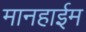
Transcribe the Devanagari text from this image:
मानहाईम